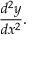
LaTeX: { \frac { d ^ { 2 } y } { d x ^ { 2 } } } .